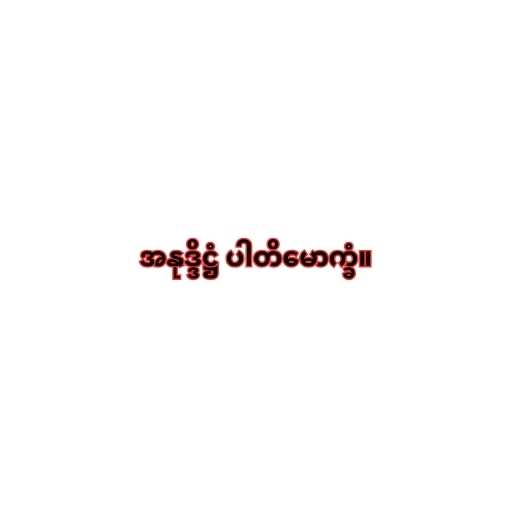
အနုဒ္ဒိဋ္ဌံ ပါတိမောက္ခံ။